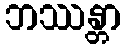
ဘဿန္တာ